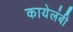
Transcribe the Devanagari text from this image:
कायेलंबी